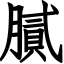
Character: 膩